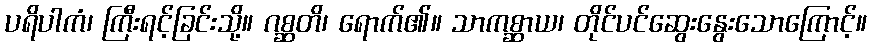
ပရိပါကံ၊ ကြီးရင့်ခြင်းသို့။ ဂစ္ဆတိ၊ ရောက်၏။ သာကစ္ဆာယ၊ တိုင်ပင်ဆွေးနွေးသောကြောင့်။